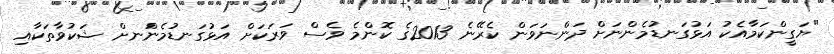
"ޔަގީންކަމާއެކު އަޅުގަނޑުމެންނަށް ދަންނަވަން ކެރޭނެ 2013ގެ ކޮންމެ ވެސް ވަރަކަށް އަޅުގަނޑުމެންަނށް ޝަކުވާތަކާއި